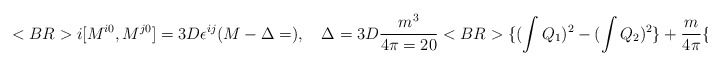
\begin{align*}<BR>i[M^{i0},M^{j0}]=3D\epsilon^{ij}(M-\Delta=),~~~\Delta=3D{{m^3}\over{4\pi=20}}<BR>\{(\int Q_1)^2-(\int Q_2)^2\}+{m\over{4\pi }}\{(\int P_1)^2-(\int=20P_2)^2\},<BR><BR>\end{align*}